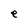
Character: e